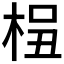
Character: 𰗫